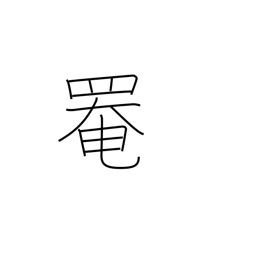
Meaning: cover